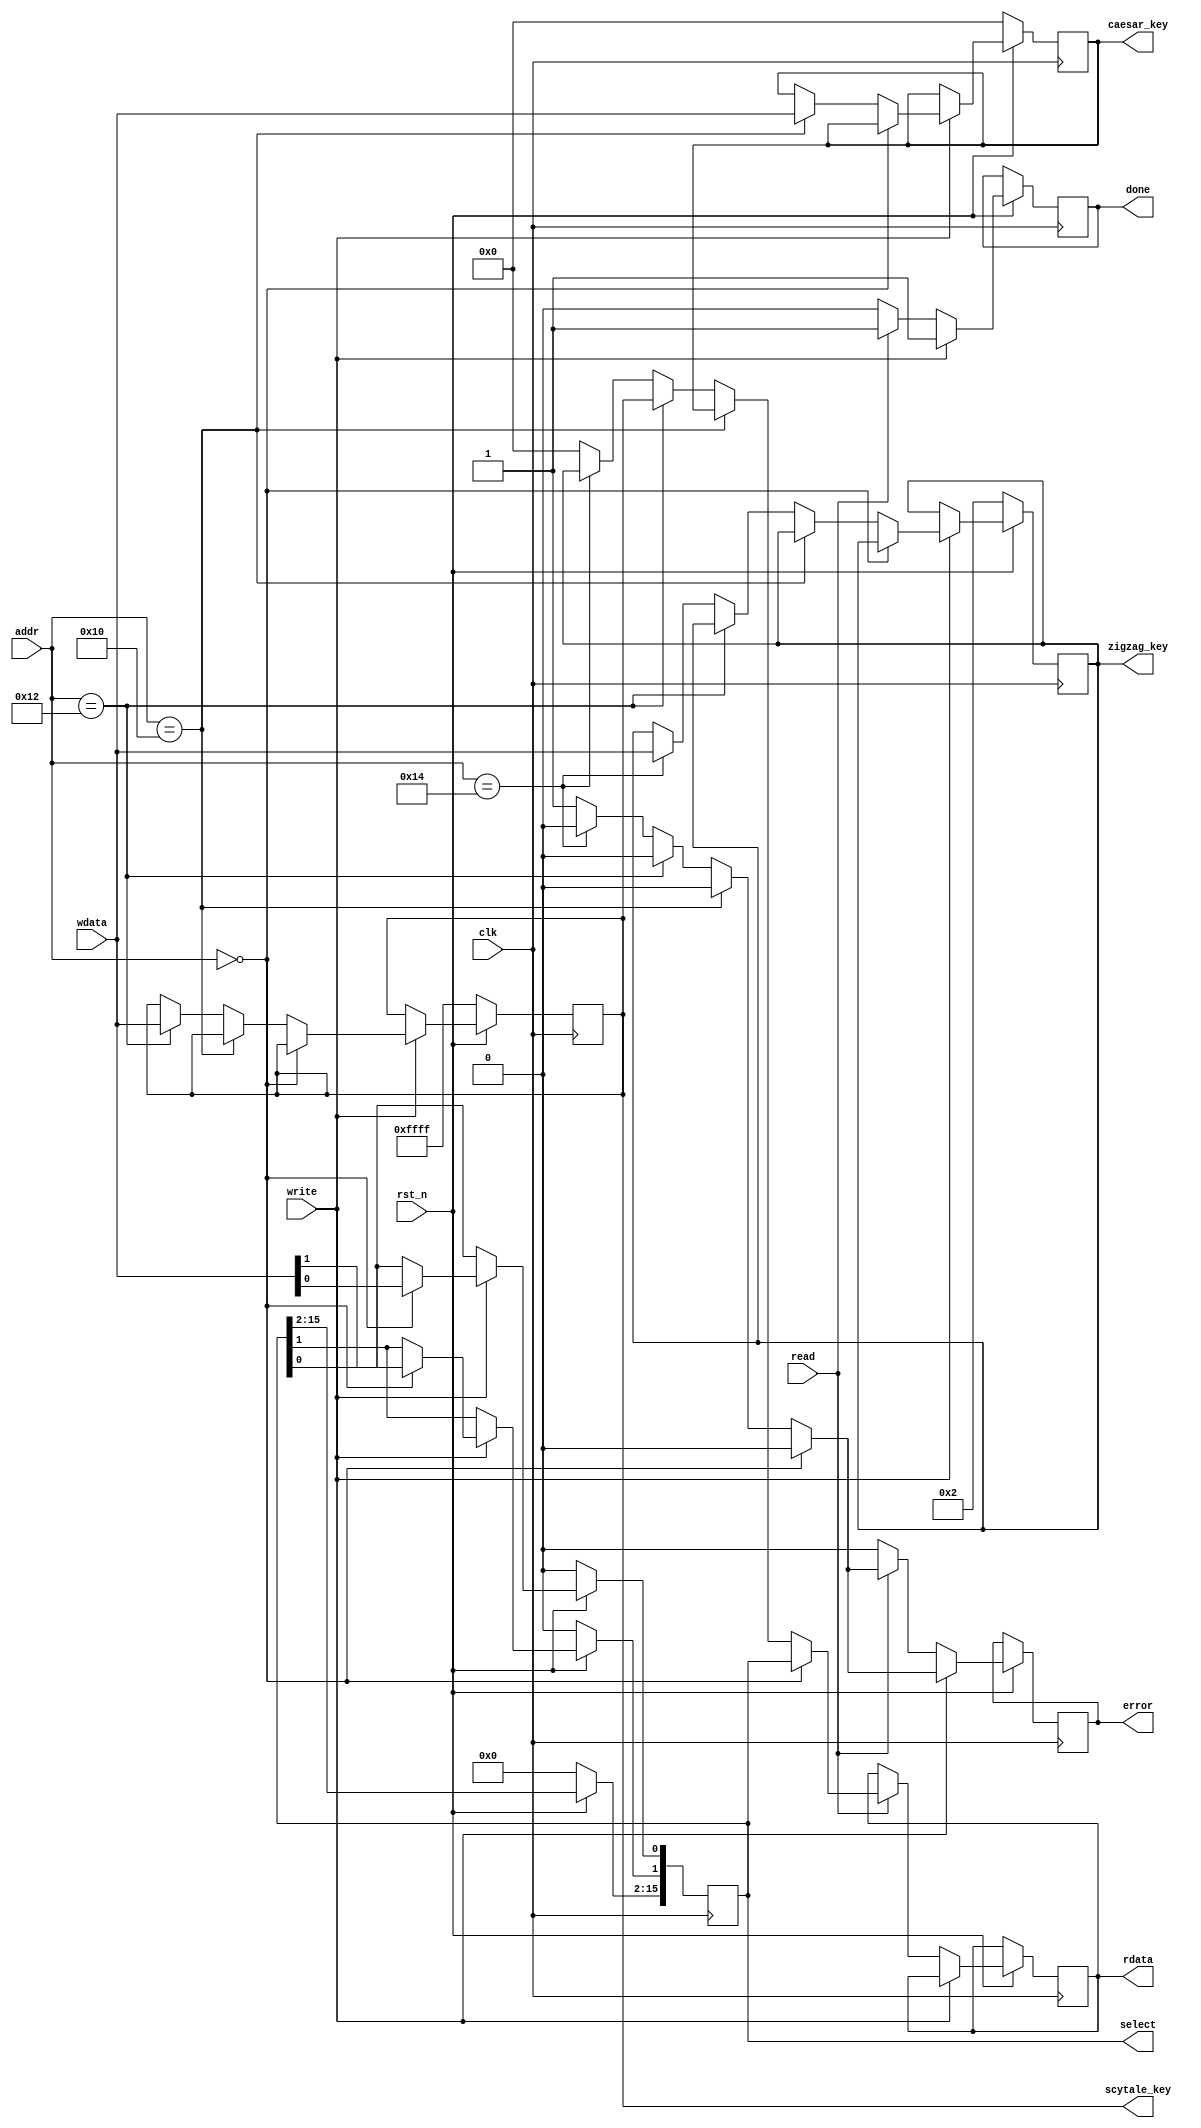
`timescale 1ns / 1ps
//////////////////////////////////////////////////////////////////////////////////
// Company: 
// Engineer: 
// 
// Design Name: 
// Module Name:    decryption_regfile 
// Project Name: 
// Target Devices: 
// Tool versions: 
// Description: 
//
// Dependencies: 
//
// Revision: 
// Revision 0.01 - File Created
// Additional Comments: 
//
//////////////////////////////////////////////////////////////////////////////////
module decryption_regfile #(
			parameter addr_witdth = 8,
			parameter reg_width 	 = 16
		)(
			// Clock and reset interface
			input clk, 
			input rst_n,
			
			// Register access interface
			input[addr_witdth - 1:0] addr,
			input read,
			input write,
			input [reg_width -1 : 0] wdata,
			output reg [reg_width -1 : 0] rdata,
			output reg done,
			output reg error,
			
			// Output wires
			output [reg_width - 1 : 0] select,
			output [reg_width - 1 : 0] caesar_key,
			output [reg_width - 1 : 0] scytale_key,
			output [reg_width - 1 : 0] zigzag_key
	
    );
	

// TODO implementati bancul de registre.


	reg [reg_width-1:0] select_register;
	reg [reg_width-1:0] caesar_register;
	reg [reg_width-1:0] scytale_register;
	reg [reg_width-1:0] zigzag_register;
	


	always @(posedge clk ) begin
	
		if(rst_n==0) begin
		
			  select_register <= 16'h0;
			  caesar_register <=16'h0;
			  scytale_register <=16'hffff;
			  zigzag_register <=16'h2;
			  
		end 
			else	begin	
			if (write==1) begin
						done<=1;
						if(addr==16'h0) begin
						
							select_register[1]<=wdata[1];
							select_register[0]<=wdata[0];
							
							error<=0;
						end 
						else if( addr== 16'h10) begin
							caesar_register<=wdata;
							
							error<=0;
						end 
						else if(addr==16'h12) begin
							scytale_register<=wdata;
							
							error<=0;
						end
						else if(addr==16'h14) begin
							zigzag_register<=wdata;
							
							error<=0;
						end 
						else begin
							error<=1;
					
						end
					
			end			
			else if (read==1) begin
		
					if(addr==16'h0) begin
						rdata<=select_register;
						done<=1;
						error<=0;
					end 
					else if(addr==16'h10) begin
						rdata<=caesar_register;
						done<=1;
						error<=0;
					end 
					else if(addr==16'h12) begin
						rdata<=scytale_register;
						done<=1;
						error<=0;
					end 
					else if(addr==16'h14) begin
						rdata<=zigzag_register;
						done<=1;
						error<=0;
					end 
					else begin
						error<=1;
						done<=1;
						rdata<=0;
						
					end
										

			end 
			else  begin 
					done<=0;
					error<=0;
			end
			
			
				
		end

	end
			

		
		
		assign select = select_register;
		assign caesar_key= caesar_register;
		assign scytale_key=scytale_register;
		assign zigzag_key= zigzag_register;
		
		
		
		

	
	endmodule